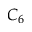
C _ { 6 }